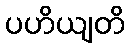
ပဟိယျတိ